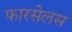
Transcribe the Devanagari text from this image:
फारसेलस